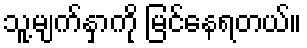
သူ့မျက်နှာကို မြင်နေရတယ်။